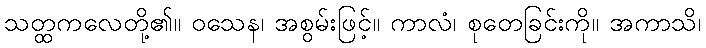
သတ္ထကလေတို့၏။ ဝသေန၊ အစွမ်းဖြင့်။ ကာလံ၊ စုတေခြင်းကို။ အကာသိ၊